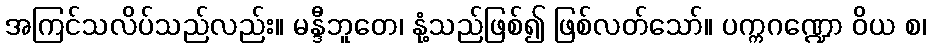
အကြင်သလိပ်သည်လည်း။ မန္ဒီဘူတေ၊ နုံ့သည်ဖြစ်၍ ဖြစ်လတ်သော်။ ပက္ကဂဏ္ဍော ဝိယ စ၊